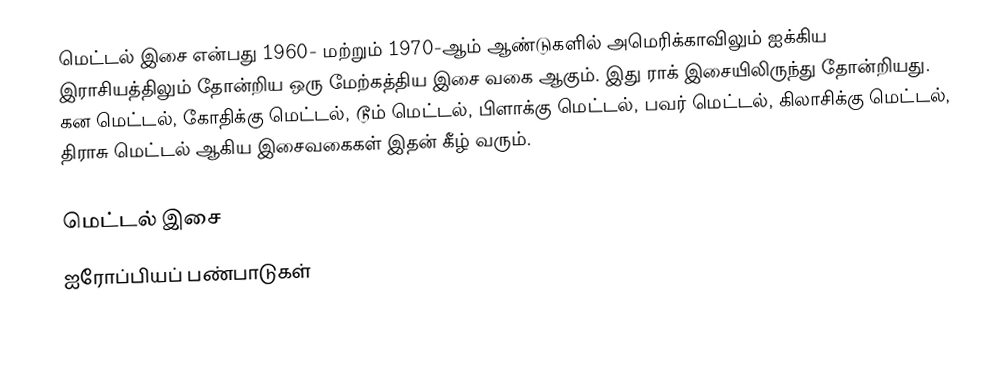
மெட்டல் இசை என்பது 1960- மற்றும் 1970-ஆம் ஆண்டுகளில் அமெரிக்காவிலும் ஐக்கிய இராசியத்திலும் தோன்றிய ஒரு மேற்கத்திய இசை வகை ஆகும். இது ராக் இசையிலிருந்து தோன்றியது. கன மெட்டல், கோதிக்கு மெட்டல், டூம் மெட்டல், பிளாக்கு மெட்டல், பவர் மெட்டல், கிலாசிக்கு மெட்டல், திராசு மெட்டல் ஆகிய இசைவகைகள் இதன் கீழ் வரும்.

மெட்டல் இசை
ஐரோப்பியப் பண்பாடுகள்